Lunatic asylums in Bengal annual reports 1888-1898 - 1888-1898
Year: 1888
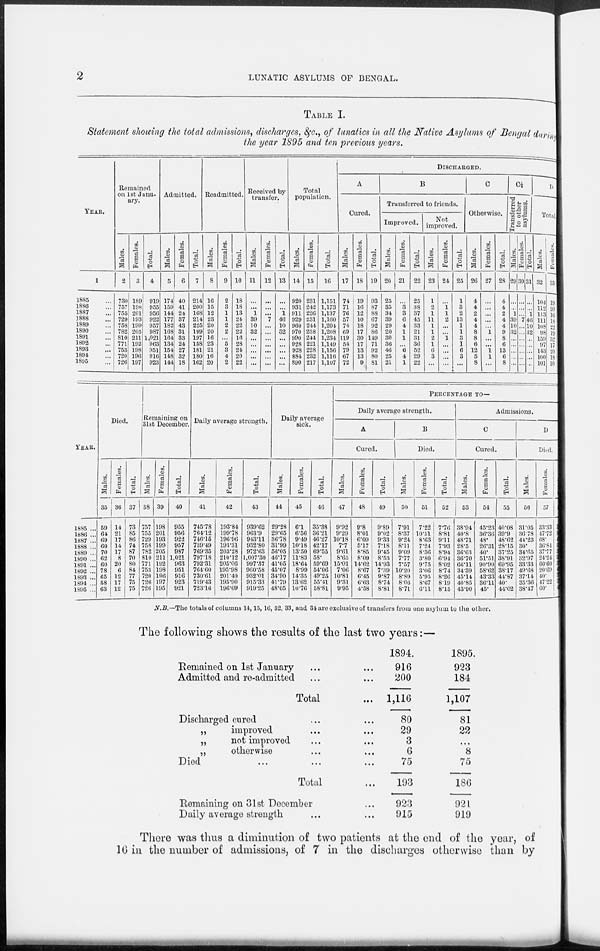
2
LUNATIC ASYLUMS OF BENGAL.
TABLE I.
Statement showing the total admissions, discharges, &c., of lunatics in all the Native Asylums of Bengal during
the year 1895 and ten previous years.
YEAR.
1
1885 ...
1886 ...
1887 ...
1888 ...
1889 ...
1890 ...
1891 ...
1892 ...
1893 ...
1894 ...
1895 ...
Remained
on 1st Janu-
ary.
Males.
2
730
757
755
729
758
782
810
771
753
720
726
Females.
3
189
198
201
193
199
205
211
192
198
196
197
Total.
4
919
955
956
922
957
987
1,021
963
951
916
923
Admitted.
Males.
5
174
159
144
177
182
168
164
134
154
148
144
Females.
6
40
41
24
37
43
31
33
24
27
32
18
Total.
7
214
200
168
214
225
199
197
158
181
180
162
Readmitted.
Males.
8
16
15
12
23
20
20
16
23
21
16
20
Females.
9
2
3
1
1
2
2
...
5
3
4
2
Total.
10
18
18
13
24
22
22
16
28
24
20
22
Received by
transfer.
Males.
11
...
...
1
39
10
32
...
...
...
...
...
Females.
12
...
...
...
7
...
...
...
...
...
...
...
Total.
13
...
...
1
46
10
32
...
...
...
...
...
Total
population.
Males.
14
920
931
911
929
960
970
990
928
928
884
890
Females.
15
231
242
226
231
244
238
244
221
228
232
217
Total.
16
1,151
1,173
1,137
1,160
1,204
1,208
1,234
1,149
1,156
1,116
1,107
DISCHARGED.
A
Cured.
Males.
17
74
71
70
57
74
69
119
54
79
67
72
Females.
18
19
16
12
10
18
17
30
17
13
13
9
Total.
19
93
87
88
67
92
86
149
71
92
80
81
B
Transferred to friends.
Improved.
Males.
20
25
35
34
39
29
20
30
36
46
25
21
Females.
21
...
3
3
6
4
1
1
...
6
4
1
Total.
22
25
38
37
45
33
21
31
36
52
29
22
Not
improved.
Males.
23
1
2
1
11
1
1
2
1
6
3
...
Females.
24
...
1
1
2
...
...
1
...
...
...
...
Total.
25
1
3
2
13
1
1
3
1
6
3
...
C
Otherwise.
Males.
26
4
4
2
4
4
8
8
6
12
5
8
Females.
27
...
...
...
...
...
1
...
...
1
1
...
Total.
28
4
4
2
4
4
9
8
6
13
6
8
C½
Transferred
to other
asylums.
Males.
29
...
...
1
39
10
32
...
...
...
...
...
Females.
30
...
...
...
7
...
...
...
...
...
...
...
Total.
31
...
...
1
46
10
32
...
...
...
...
...
D
Total
Males.
32
104
112
113
111
108
98
159
97
143
100
101
Females.
33
19
20
16
18
22
19
32
17
20
18
10
YEAR.
1885 ...
1886 ...
1887 ...
1888 ...
1889 ..,
1890 ...
1891 ...
1892 ...
1893 ...
1894 ...
1895 ...
Died.
Males.
35
59
64
09
00
70
62
60
78
65
58
63
Females.
36
14
21
17
14
17
8
20
6
12
17
12
Total.
37
73
85
80
74
87
70
80
84
77
75
75
Remaining on
31st December.
Males.
38
757
755
729
758
782
810
771
753
720
726
720
Females.
39
198
201
193
199
205
211
192
198
196
197
195
Total.
40
955
956
922
957
987
1,021
963
951
916
923
921
Daily average strength.
Males.
41
745.78
764.12
746.15
739.49
769.35
797.18
792.31
704.60
730.61
719.43
723.16
Females.
42
193.84
199.78
196.96
193.31
203.28
210.12
205.06
195.98
201.40
195.90
196.09
Total.
43
939.62
903.9
948.11
932.80
972.63
1,007.30
997.37
960.58
932.01
915.33
919.25
Daily average
sick.
Males.
44
29.28
29.65
30.78
31.99
56.05
46.17
41.05
45.07
34.90
41.79
48.05
Females.
45
6.1
6.56
9.49
10.18
13.50
11.83
18.64
8.99
14.35
13.62
10.76
Total.
4G
35.38
36.21
40.27
42.17
69.55
58.
59.69
54.06
49.25
55.41
58.81
PERCENTAGE TO—
Daily average strength.
A
Cured.
Males.
47
9.92
9.29
10.18
7.7
9.61
8.65
15.01
7.06
10.81
9.31
9.95
Females.
48
9.8
8.01
6.09
5.17
8.85
8.09
14.02
8.07
6.45
6.63
4.58
Total.
49
9.89
9.02
9.33
7.18
9.45
8.53
14.93
7.39
9.87
8.74
8.81
B
Died.
Males.
50
7.91
8.37
9.24
8.11
9.09
7.77
7.57
10'20
8.89
8.06
8.71
Females.
51
7.22
10.51
8.63
7.24
8.36
3.80
9.75
3.00
5.95
8.67
6.11
Total.
52
7.76
8.81
9.11
7.93
8.94
6.94
8.02
8.74
8.26
8.19
8.15
Admissions.
C
Cured.
Males.
53
38.94
40.8
48.71
28.5
36.63
30.70
66.11
34.39
45.14
40.85
43.90
Females.
54
45.23
36.36
48.
26.31
40.
51.51
90.90
58.02
43.33
80.11
45.
Total.
55
40.08
39.9
48.62
28.15
37.25
38.91
69.95
3817
44.87
40.
44.02
D
Died.
Males.
56
31.05
30 78
44.23
30.
34.65
32.97
33.33
49.03
37.14
35.36
38.47
Females.
57
33.33
47.72
68.
36.84
37.77
24.24
60.60
20.69
40.
47.22
60.
Total
58
31
38
47
31
35
31
37
45
37
37
40
N.B.— The totals of columns 14, 15, 16, 32, 33, and 34 are exclusive of transfers from one asylum to the other.
The following shows the results of the last two years:—
Remained on 1st January ... ...
Admitted and re-admitted ... ...
Total ...
Discharged cured ... ...
„
improved ... ...
„
not improved ... ...
„
otherwise ... ...
Died ... ... ...
Total ...
Remaining on 31st December ...
Daily average strength ... ...
1894.
916
200
1,116
80
29
3
6
75
193
923
915
1895.
923
184
1,107
81
22
...
8
75
186
921
919
There was thus a diminution of two patients at the end of the year, of
16 in the number of admissions, of 7 in the discharges otherwise than by